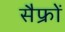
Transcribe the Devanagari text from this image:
सैफ्रों